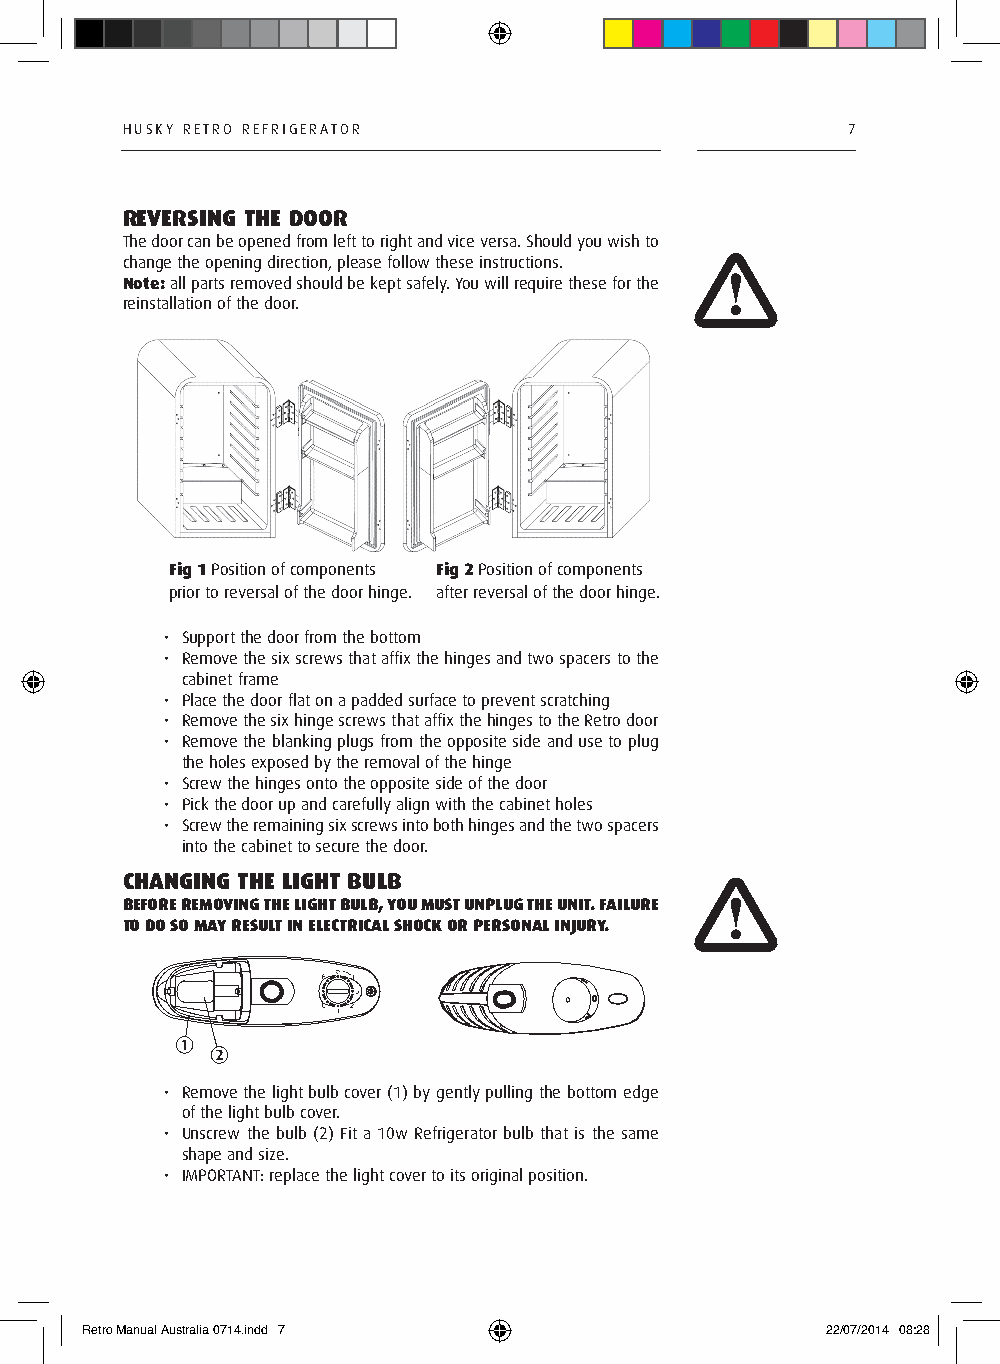
HUsky RETRO REFRIGERATOR                        7
 REVERSING THE DOOR
 The door can be opened from left to right and vice versa. should you wish to
 change the opening direction, please follow these instructions.
 Note: all parts removed should be kept safely. you will require these for the
 reinstallation of the door.
 Fig 1 Position of components Fig 2 Position of components
 prior to reversal of the door hinge. after reversal of the door hinge.
 • support the door from the bottom
 • Remove the six screws that affix the hinges and two spacers to the
 cabinet frame
 • Place the door flat on a padded surface to prevent scratching
 • Remove the six hinge screws that affix the hinges to the Retro door
 • Remove the blanking plugs from the opposite side and use to plug
 the holes exposed by the removal of the hinge
 • screw the hinges onto the opposite side of the door
 • Pick the door up and carefully align with the cabinet holes
 • screw the remaining six screws into both hinges and the two spacers
 into the cabinet to secure the door.
 CHANGING THE LIGHT BULB
 BEFORE REMOVING THE LIGHT BULB, YOU MUST UNPLUG THE UNIT. FAILURE
 TO DO SO MAY RESULT IN ELECTRICAL SHOCK OR PERSONAL INJURY.
 • Remove the light bulb cover (1) by gently pulling the bottom edge
 of the light bulb cover.
 • Unscrew the bulb (2) Fit a 10w Refrigerator bulb that is the same
 shape and size.
 • IMPORTANT: replace the light cover to its original position.
 Retro Manual Australia 0714.indd 7                22/07/2014 08:28